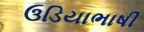
ઉડિયાભાષી